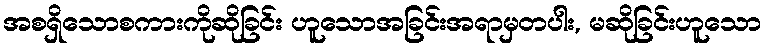
အစရှိသောစကားကိုဆိုခြင်း ဟူသောအခြင်းအရာမှတပါး, မဆိုခြင်းဟူသော